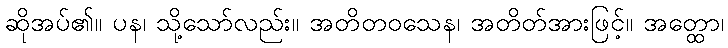
ဆိုအပ်၏။ ပန၊ သို့သော်လည်း။ အတိတဝသေန၊ အတိတ်အားဖြင့်။ အတ္ထော၊